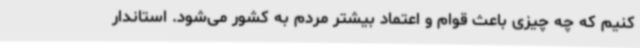
کنیم که چه چیزی باعث قوام و اعتماد بیشتر مردم به کشور می‌شود. استاندار